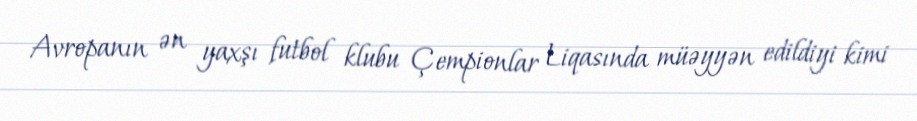
Avropanın ən yaxşı futbol klubu Çempionlar Liqasında müəyyən edildiyi kimi